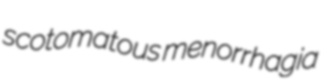
scotomatous menorrhagia